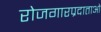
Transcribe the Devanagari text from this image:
रोजगारप्रदाताओं